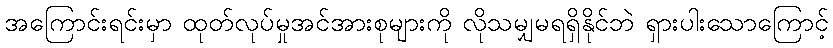
အကြောင်းရင်းမှာ ထုတ်လုပ်မှုအင်အားစုများကို လိုသမျှမရရှိနိုင်ဘဲ ရှားပါးသောကြောင့်